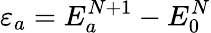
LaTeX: \varepsilon_{a}=E_{a}^{N+1}-E_{0}^{N}